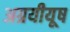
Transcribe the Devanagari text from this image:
अग्रयीयूष